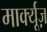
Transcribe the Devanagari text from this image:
मार्क्यूज़